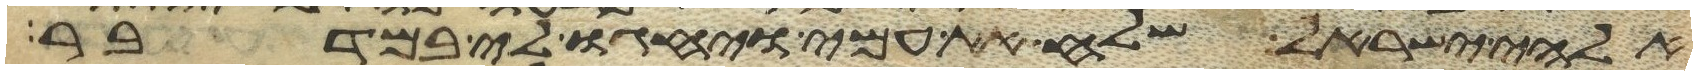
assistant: אלהי ישראל שלח את עמי ויחגו לי במדבר